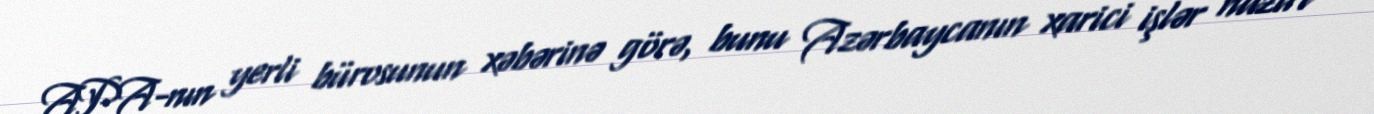
APA-nın yerli bürosunun xəbərinə görə, bunu Azərbaycanın xarici işlər naziri